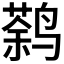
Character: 𱊠